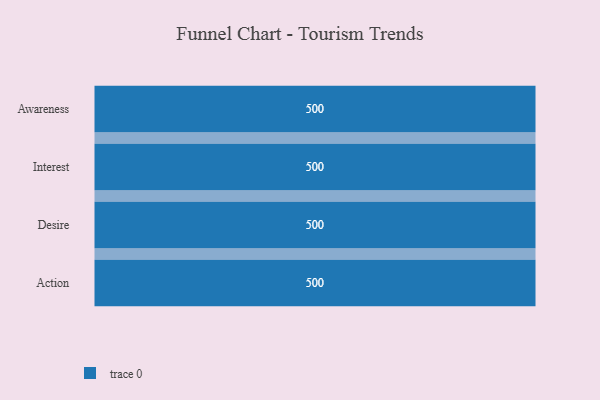
{"axis": {"x": "Stage", "y": "Value"}, "legend": [""], "data": [{"x": "Awareness", "y": 500, "type": ""}, {"x": "Interest", "y": 500, "type": ""}, {"x": "Desire", "y": 500, "type": ""}, {"x": "Action", "y": 500, "type": ""}]}